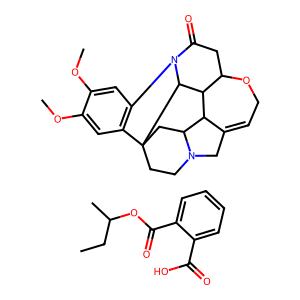
SMILES: CCC(C)OC(=O)c1ccccc1C(=O)O.COc1cc2c(cc1OC)C13CCN4CC5=CCOC6CC(=O)N2C1C6C5C4C3
Inhibits HIV replication: No